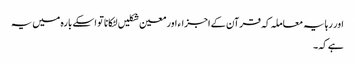
اور رہا یہ معاملہ کہ قرآن کے اجزاء اور معین شکلیں لٹکانا تو اسکے بارہ میں یہ
ہے کہ۔